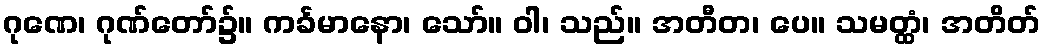
ဂုဏေ၊ ဂုဏ်တော်၌။ ကင်္ခမာနော၊ သော်။ ဝါ၊ သည်။ အတီတ၊ ပေ။ သမတ္ထံ၊ အတိတ်